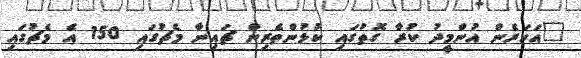
"އަހަރެން އުންމީދު ކުރާ ގޮތުގައި ކުޅުންތެރިން ޗައިނާ މެޗުގައި 150 އެ މެޗުގައި